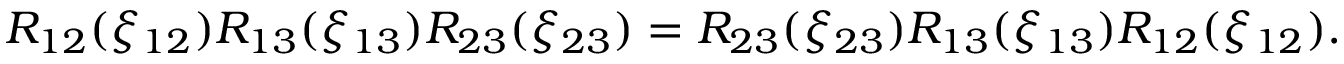
R _ { 1 2 } ( \xi _ { 1 2 } ) R _ { 1 3 } ( \xi _ { 1 3 } ) R _ { 2 3 } ( \xi _ { 2 3 } ) = R _ { 2 3 } ( \xi _ { 2 3 } ) R _ { 1 3 } ( \xi _ { 1 3 } ) R _ { 1 2 } ( \xi _ { 1 2 } ) .